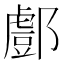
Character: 𨞘